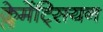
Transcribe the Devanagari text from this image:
क्लेमेंट्सियन